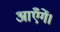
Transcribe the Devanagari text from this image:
आएँगें।